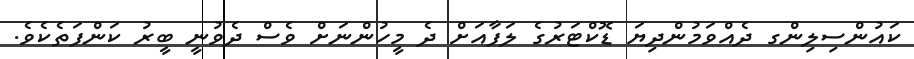
ކައުންސިލިންގ ދެއްވަމުންދިޔަ ޑޮކްޓަރުގެ ލަފާއަށް ދެ މީހުންނަށް ވެސް ދެވުނީ ބީރު ކަންފަތެކެވެ.